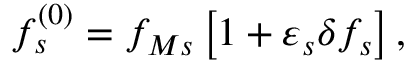
f _ { s } ^ { \left( 0 \right) } = f _ { M s } \left[ 1 + \varepsilon _ { s } \delta f _ { s } \right] ,